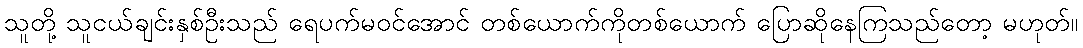
သူတို့ သူငယ်ချင်းနှစ်ဦးသည် ရေပက်မဝင်အောင် တစ်ယောက်ကိုတစ်ယောက် ပြောဆိုနေကြသည်တော့ မဟုတ်။